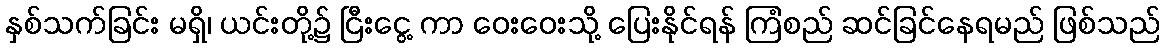
နှစ်သက်ခြင်း မရှိ၊ ယင်းတို့၌ ငြီးငွေ့ ကာ ဝေးဝေးသို့ ပြေးနိုင်ရန် ကြံစည် ဆင်ခြင်နေရမည် ဖြစ်သည်